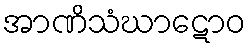
အာဏိသံဃာဋောဝ